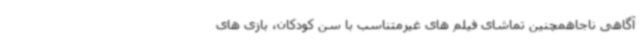
آگاهی ناجاهمچنین تماشای فیلم های غیرمتناسب با سن کودکان، بازی های